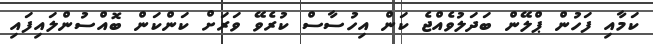
ކަމާއި ފަހުން ޕްލޭން ބަދަލުވެއްޖެ ކަން އިހުސާސް ކުރެވޭ ވަރަށް ކަންކަން ބޮއްސުންލައިފައި